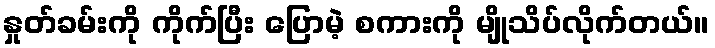
နှုတ်ခမ်းကို ကိုက်ပြီး ပြောမဲ့ စကားကို မျိုသိပ်လိုက်တယ်။